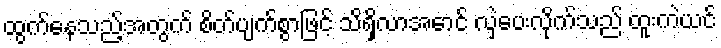
ထွက်နေသည့်အတွက် စိတ်ပျက်စွာဖြင့် သိရှိလာအောင် လှဲပေးလိုက်သည် ထူးကဲယင်